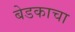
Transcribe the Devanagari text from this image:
बेडकाचा